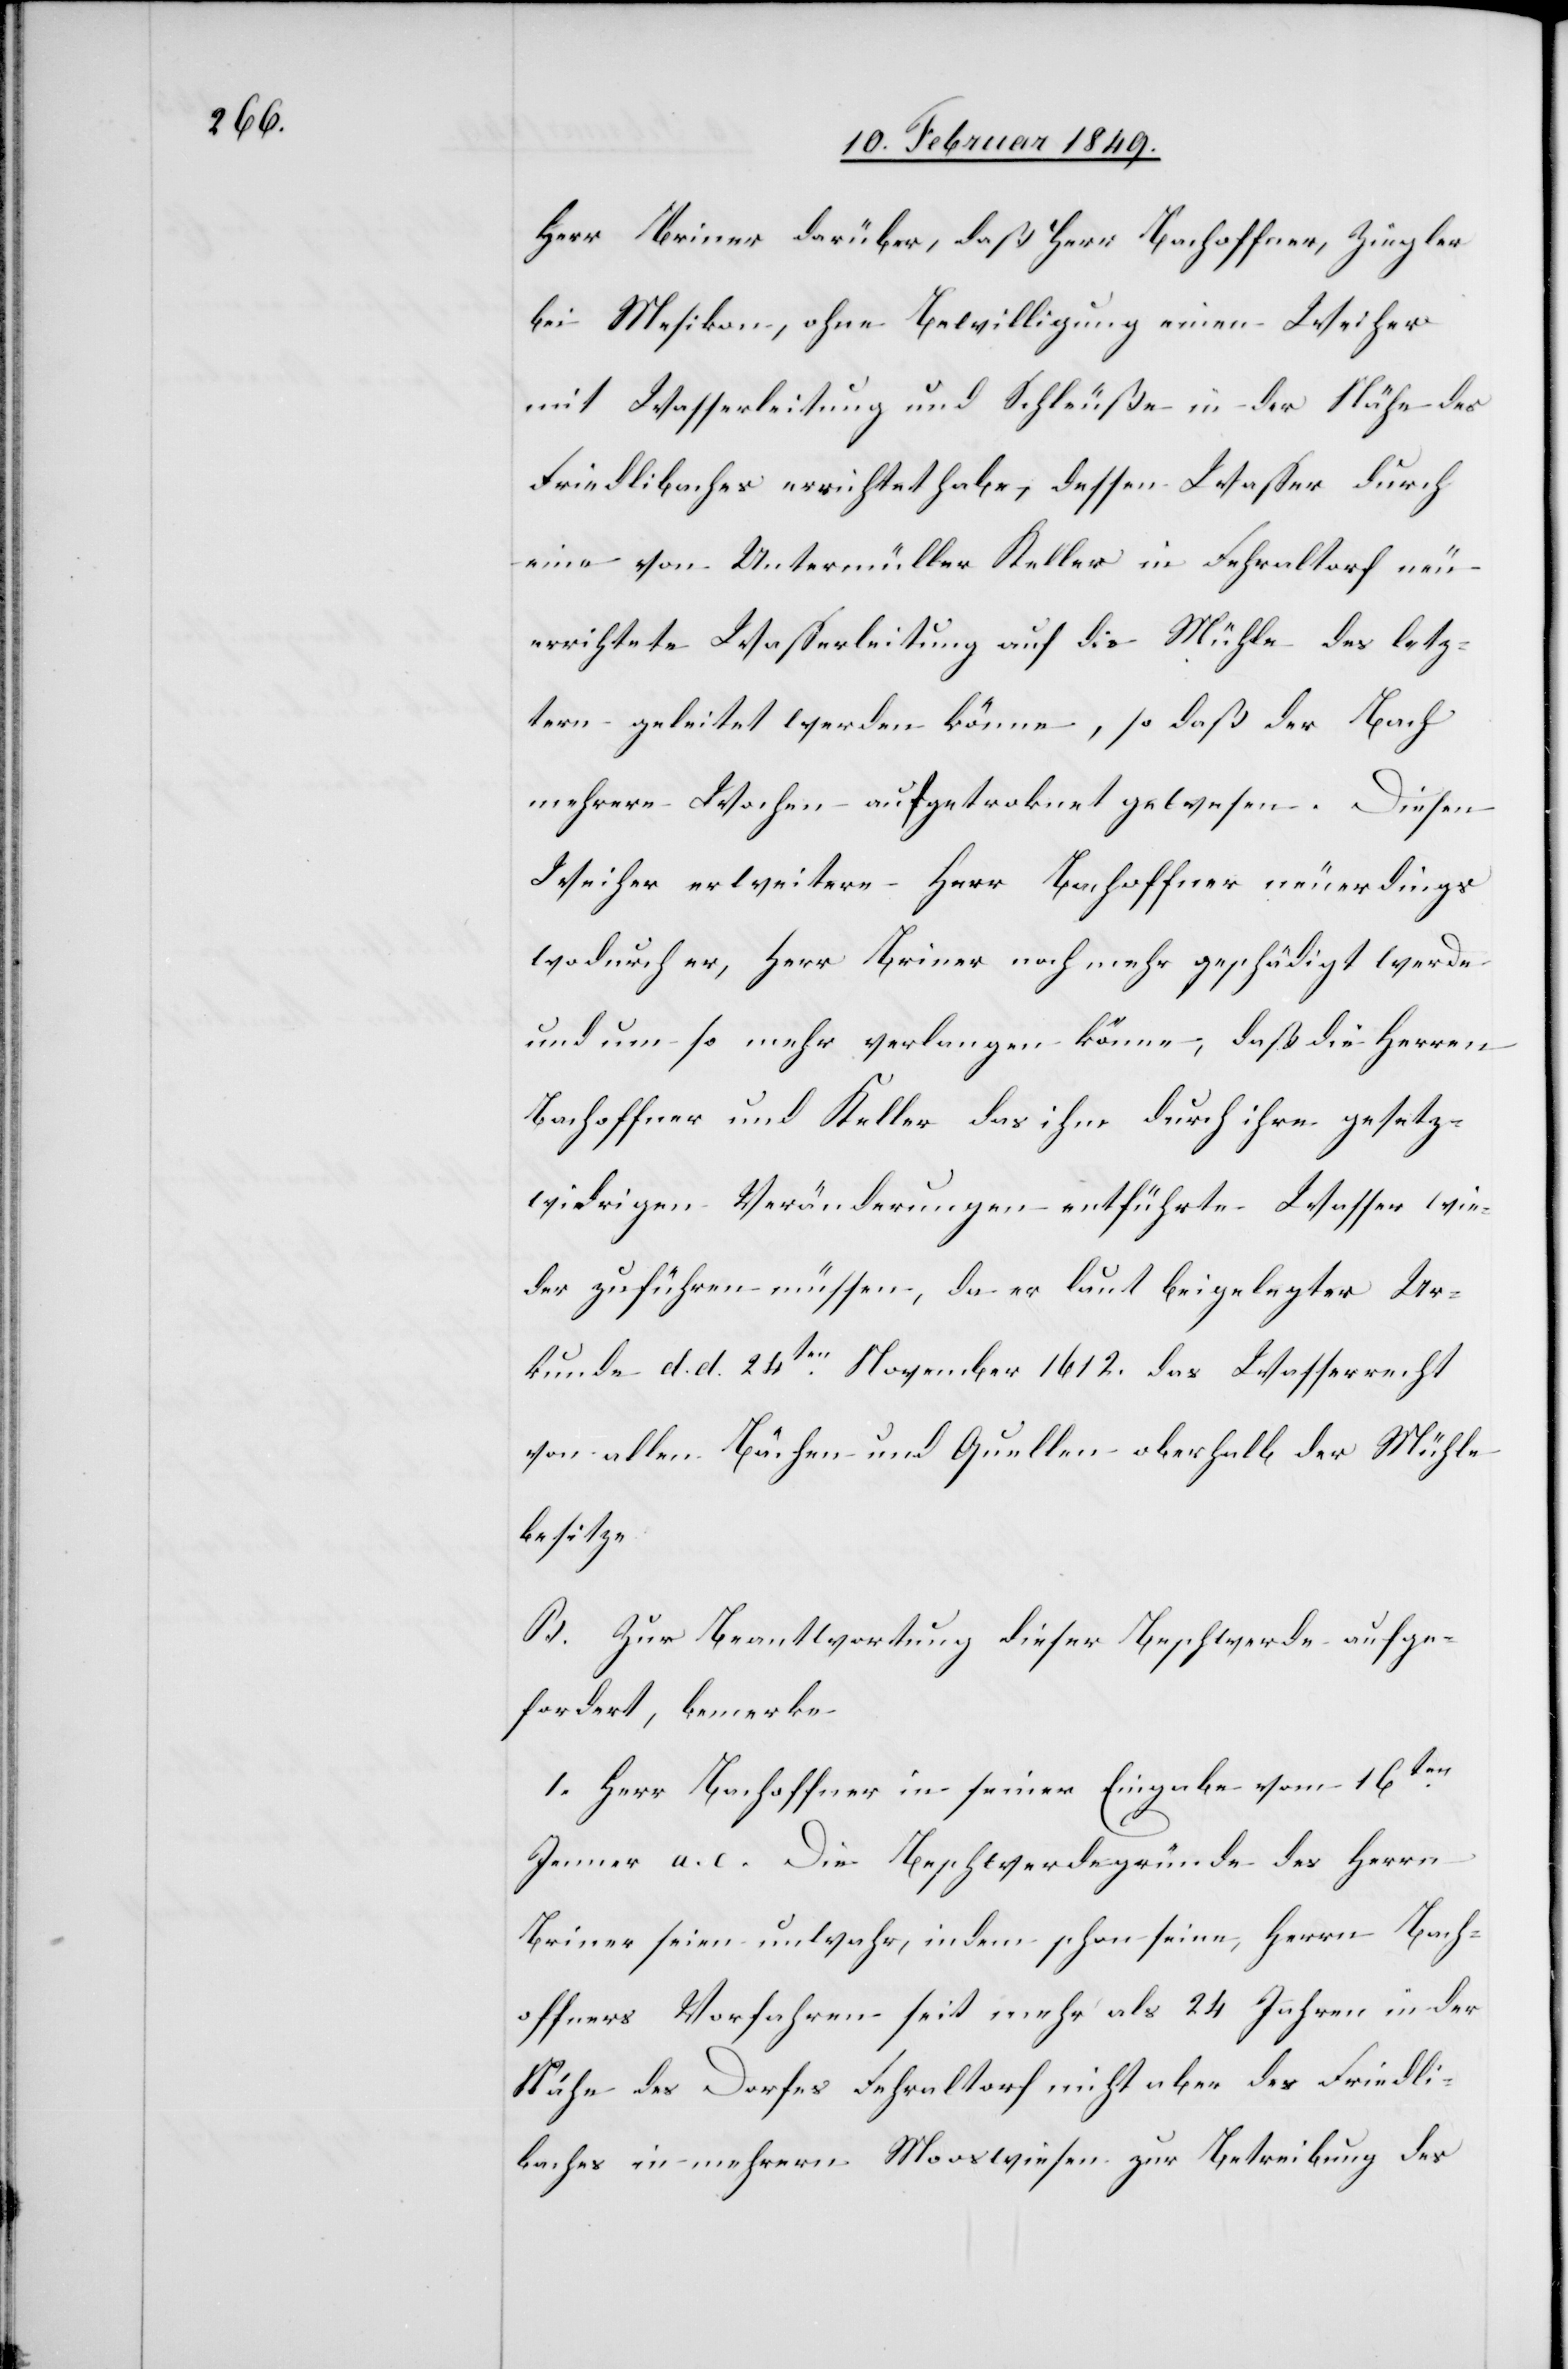
Herr Briner darüber, daß Herr Bachoffner, Ziegler
bei Mesikon, ohne Bewilligung einen Weiher
mit Wasserleitung und Schleuße in der Nähe des
Friedlibaches errichtet habe, dessen Wasser durch
eine von Untermüller Keller in Fehraltorf neu
errichtete Wasserleitung auf die Mühle des letz¬
tern geleitet werden könne, so daß der Bach
mehrere Wochen aufgetroknet gewesen. Diesen
Weiher erweitere Herr Bachoffner neuerdings
wodurch er, Herr Briner noch mehr geschädigt werde
und um so mehr verlangen könne, daß die Herren
Bachoffner und Keller das ihm durch ihre gesetz¬
widrigen Veränderungen entführte Wasser wie¬
der zuführen müssen, da er laut beigelegter Ur¬
kunde d. d. 24ten. November 1612. das Wasserrecht
von allen Bächen und Quellen oberhalb der Mühle
besitze.
B. Zur Beantwortung dieser Beschwerde aufge¬
fordert, bemerke
1. Herr Bachoffner in seiner Eingabe vom 16ten.
Jenner a. c. Die Beschwerdegründe des Herrn
Briner seien unwahr, indem schon seine, Herrn Bach¬
offners Vorfahren seit mehr als 24 Jahren in der
Nähe des Dorfes Fehraltorf nicht aber des Friedli¬
baches in mehrern Mooswiesen zur Betreibung des